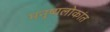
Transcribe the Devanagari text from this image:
मनुष्यलोकांत